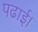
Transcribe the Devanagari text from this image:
पढाई।